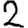
Digit: 2